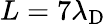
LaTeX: L=7\lambda_{\mathrm{D}}